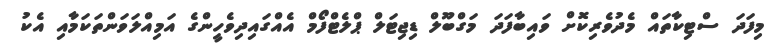
މިފަދަ ސްޓިކާތައް މެދުވެރިކޮށް ވައިބާފަދަ މަގްބޫލް ޑިޖިޓަލް ޕްލެޓްފޯމް އެއްގައިދިވެހީންގެ އަމިއްލަވަންތަކަމާއި އެކު